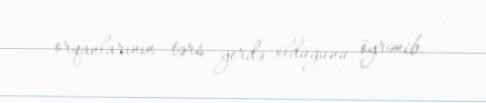
orqanlarının tərs yerdə olduğunu öyrənib.